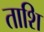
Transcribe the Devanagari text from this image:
ताशि